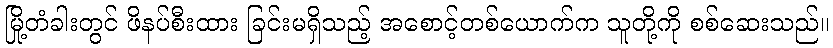
မြို့တံခါးတွင် ဖိနပ်စီးထား ခြင်းမရှိသည့် အစောင့်တစ်ယောက်က သူတို့ကို စစ်ဆေးသည်။